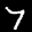
Label: 7